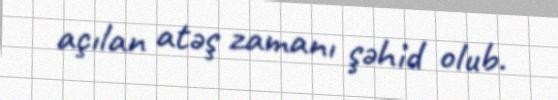
açılan atəş zamanı şəhid olub.